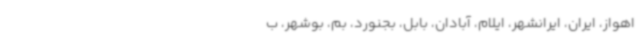
اهواز، ایران، ایرانشهر، ایلام، آبادان، بابل، بجنورد، بم، بوشهر، ب